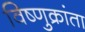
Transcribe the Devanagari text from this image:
विष्णुक्रांता